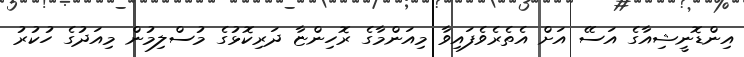
އިންޑޮނީޝިއާގެ އަސޭ އަށް އެތެރެވެފައިވާ މިއަންމާގެ ރޮހިންޏާ ދަރިކޮޅުގެ މުސްލިމުން މިއަދުގެ ހުކުރު